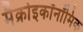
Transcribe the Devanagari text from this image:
मैक्रोइकॉनॉमिक